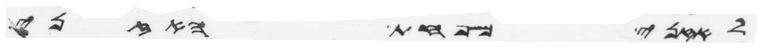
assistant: לאזני משפחת האזני